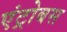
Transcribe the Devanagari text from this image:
एंट्रोबस